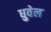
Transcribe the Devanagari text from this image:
धुवेल